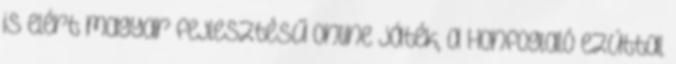
is elért magyar fejlesztésű online játék, a Honfoglaló ezúttal